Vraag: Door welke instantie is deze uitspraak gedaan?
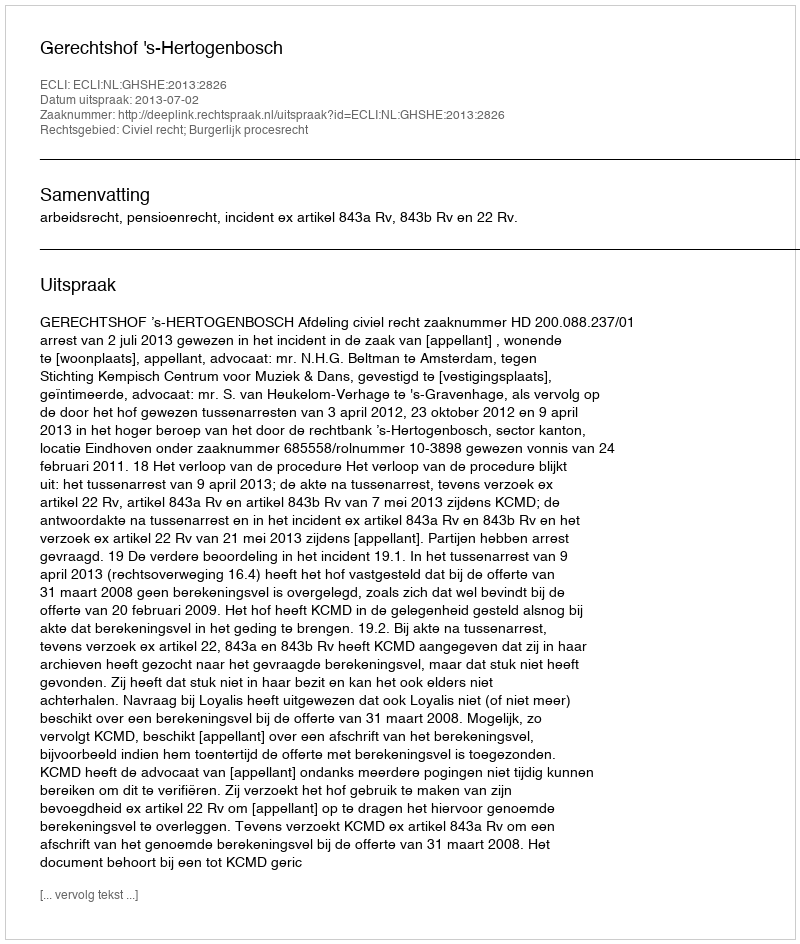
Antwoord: Gerechtshof 's-Hertogenbosch